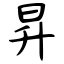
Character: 昇